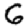
Digit: 6